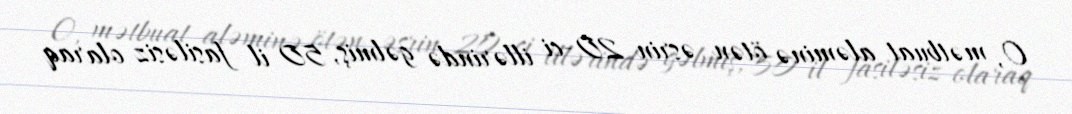
O, mətbuat aləminə ötən əsrin 20-ci illərində gəlmiş, 50 il fasiləsiz olaraq